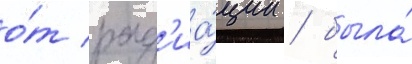
о́т рад'иа́ции / была́